Bréfritari: Andrés Fjeldsted
Viðtakandi: Einar Friðgeirsson
Dagsetning: A-1890-04-09
Skrifað á: Hvítárvöllum  Borg.

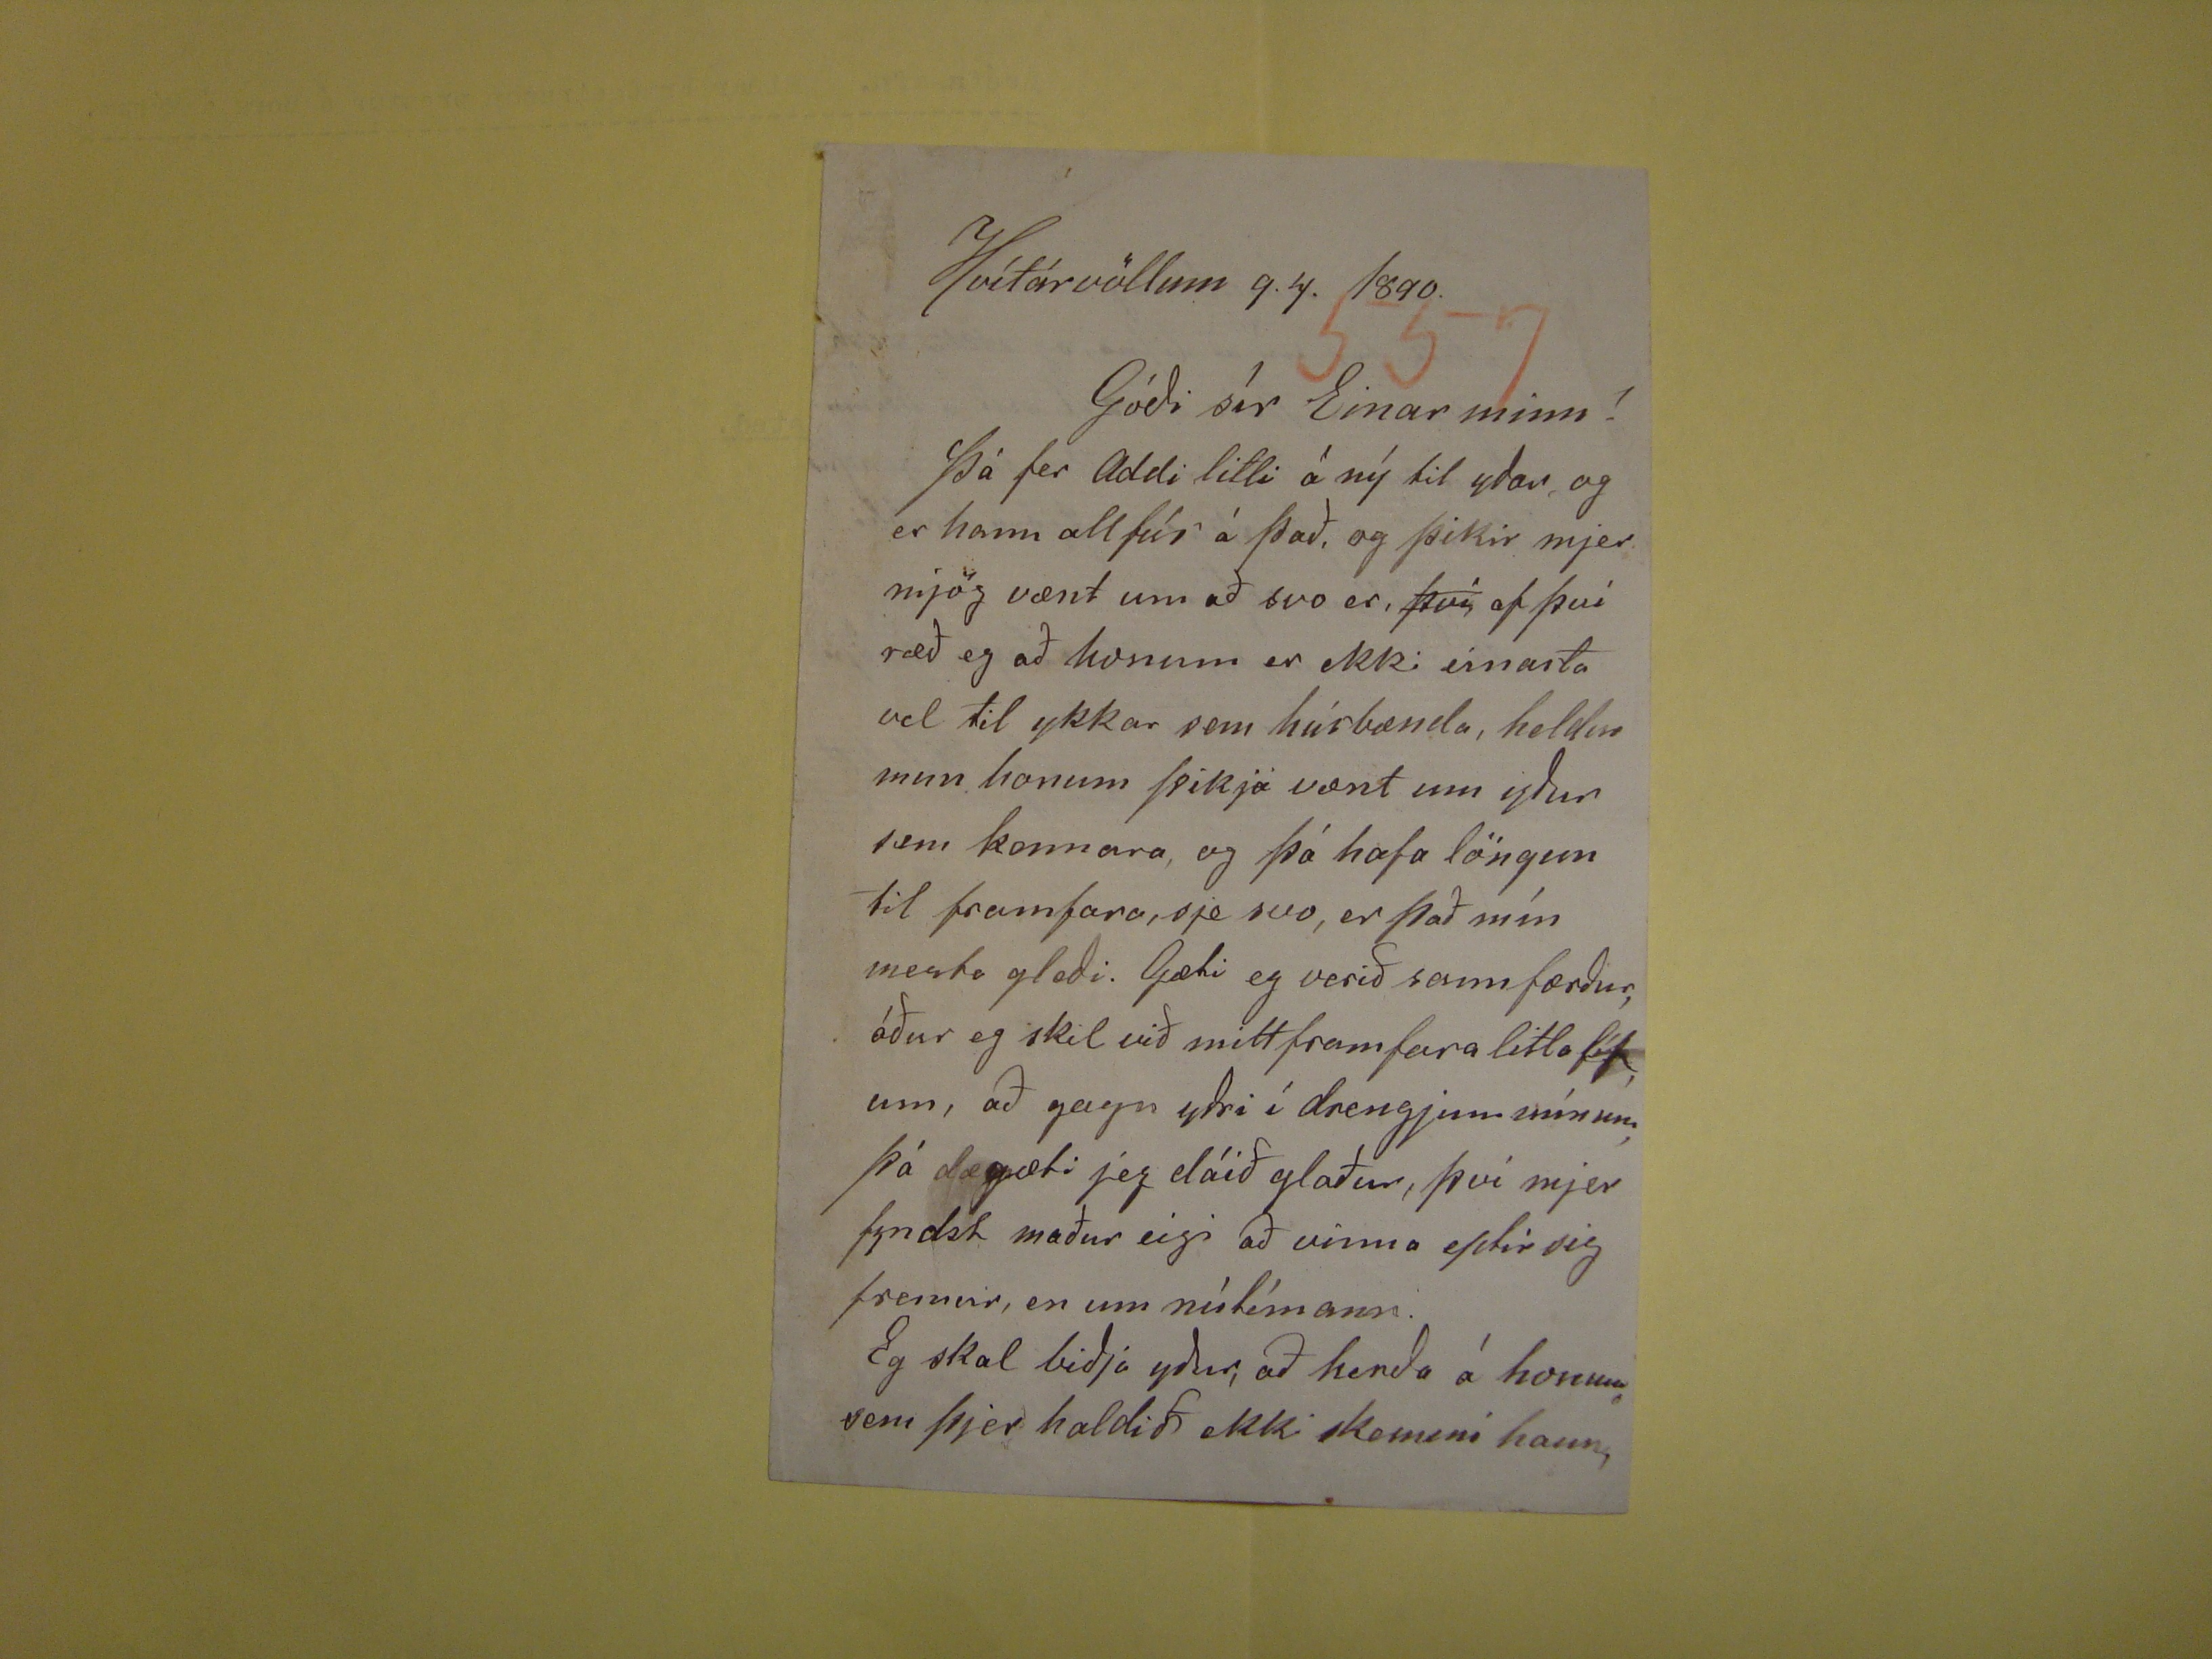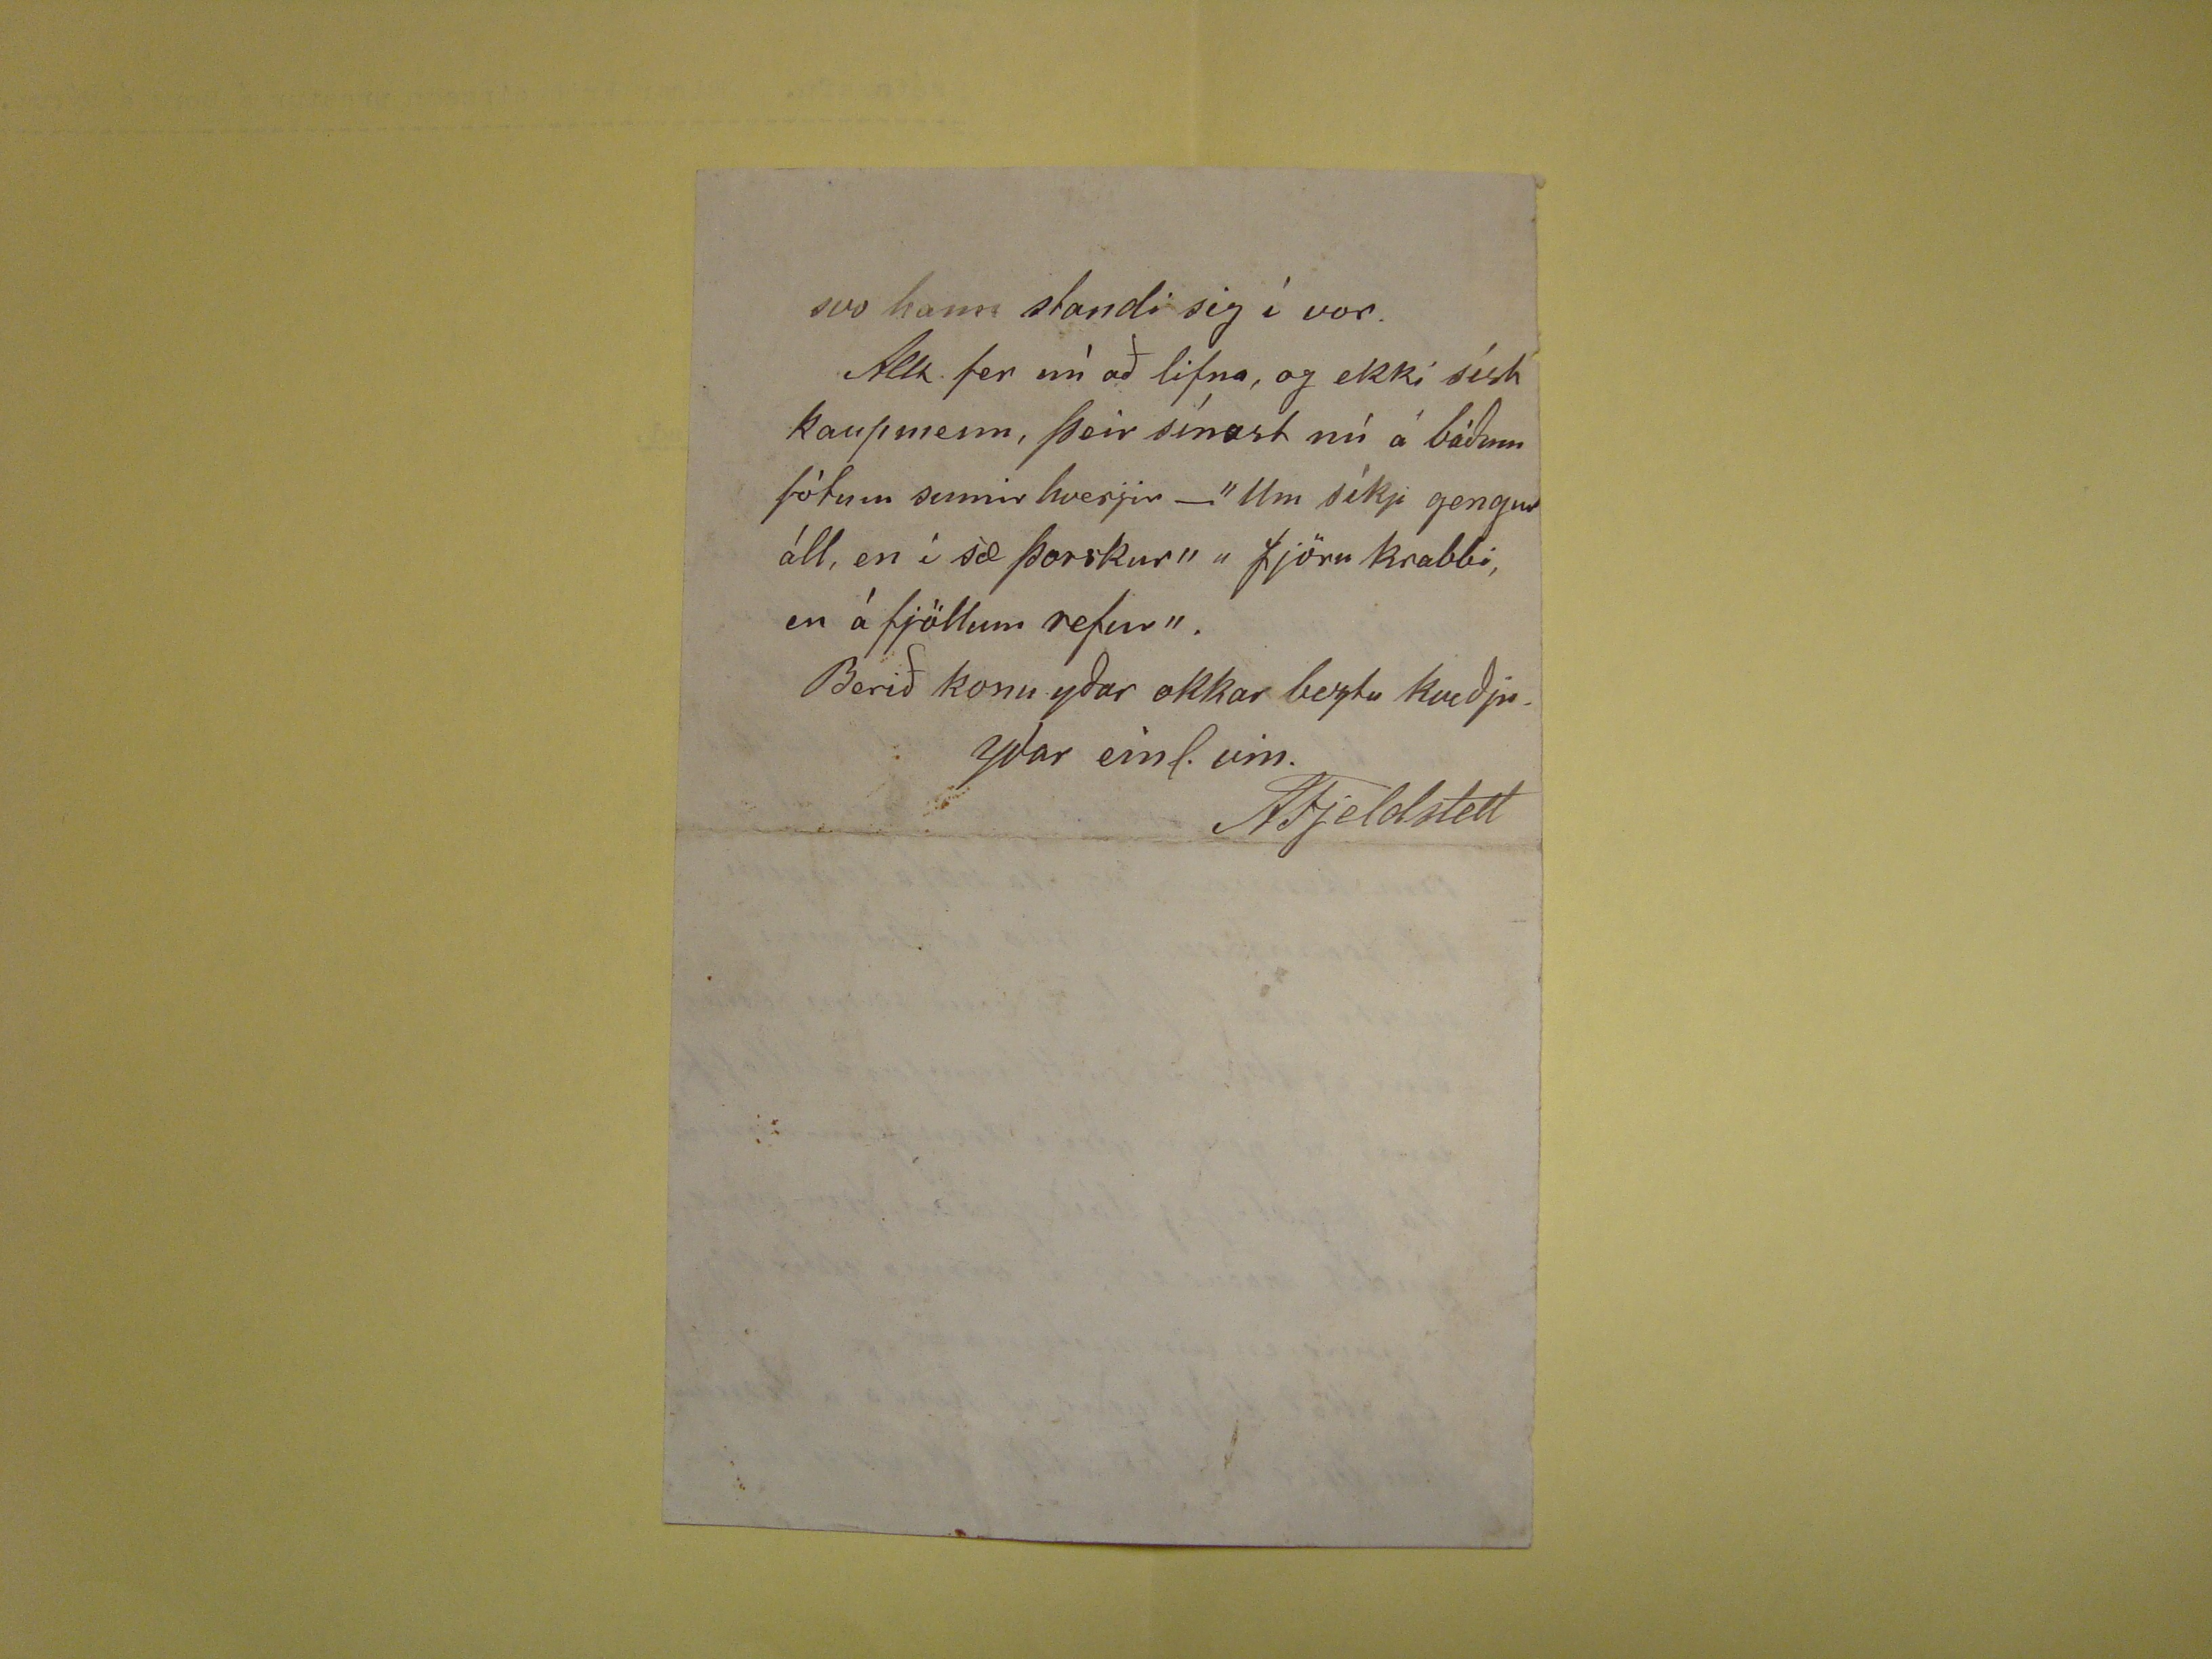

Hvítárvöllum 9.4. 1890
Góði sír Einar minn!
Þá fer Addi litli á ný til yðar, og er hann allfúr á það, og þikir mjer mjög vænt um að svo er,
því
af því ræð eg að
honum er ekki einasta vel til ykkar sem húsbænda, heldur mun honum þikja vænt um yður sem kennara, og þá hafa löngun til framfara, sje svo, er það mín mesta
gleði. Gæti eg verið sannfærður, áður eg skil við mitt framfara litla
líf,
um, að gagn yðri í drengjum mínum, þá
rend="smudge">dæ
gæti jeg dáið glaður, því mjer fyndst maður eigi að vinna eptir sig fremur, en um nútímann. Eg skal biðja yður, að henda á honum sem
þjer haldið ekki komeni hann
svo hann standi sig í vor. Allt fer nú að lifna, og ekki síst kaupmenn, þeir sínast nú á báðum fótum sumir hverjir - "Um síkji gengur áll, en í sæ þorskur" "fjöru
krabbi, en á fjöllum refur". Berið konu yðar okkar beztu kveðju
yðar einl. vin.
AFjeldsted